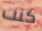
كنت